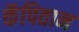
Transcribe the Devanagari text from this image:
कॅपितान